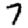
Digit: 7